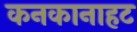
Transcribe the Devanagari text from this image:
कनकानाहट